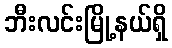
ဘီးလင်းမြို့နယ်ရှိ